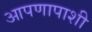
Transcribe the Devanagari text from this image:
आपणापाशी